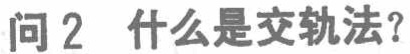
问 2  什么是交轨法？